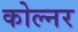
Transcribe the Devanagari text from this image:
कोल्नर